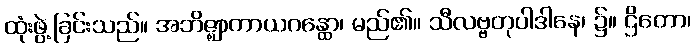
ထုံးဖွဲ့ခြင်းသည်။ အဘိဇ္ဈာကာယဂန္ထော၊ မည်၏။ သီလဗ္ဗတုပါဒါနေ၊ ၌။ ဌိတော၊